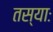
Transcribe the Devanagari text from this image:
तस्याः